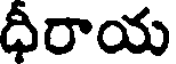
ధీరాయ